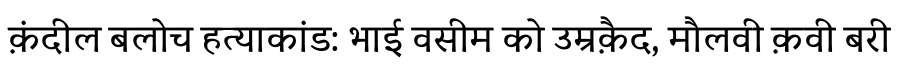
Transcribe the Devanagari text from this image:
क़ंदील बलोच हत्याकांड: भाई वसीम को उम्रक़ैद, मौलवी क़वी बरी